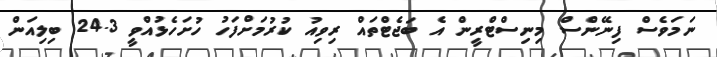
ނަމަވެސް ފިނޭންސް މިނިސްޓްރީން އެ ބަޖެޓްތައް ރިވިއު ކުރުމަށްފަހު ހުށަހެޅުއްވީ 24.3 ބިލިއަން